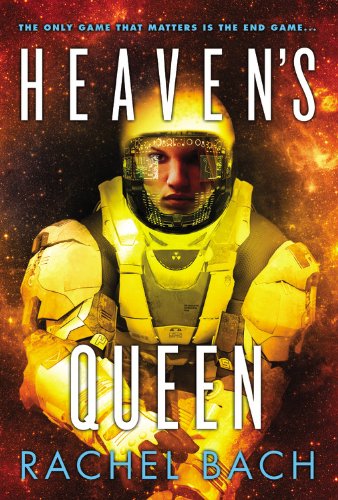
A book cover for Heaven's Queen (Paradox Book 3); Rachel Bach; Romance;